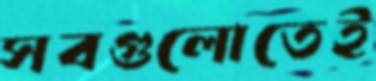
সবগুলোতেই